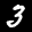
Label: 3